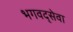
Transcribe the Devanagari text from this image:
भगवद्सेवा